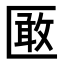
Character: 𭅞